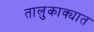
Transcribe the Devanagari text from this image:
तालुकाक्यात